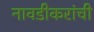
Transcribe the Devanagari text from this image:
नावडीकरांची